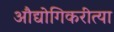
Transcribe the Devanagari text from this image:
औद्योगिकरीत्या